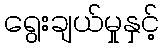
ရွေးချယ်မှုနှင့်